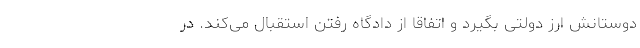
دوستانش ارز دولتی بگیرد و اتفاقاً از دادگاه رفتن استقبال می‌کند. در